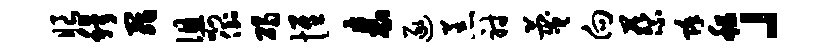
眼穆罪徂啊倒碣惟表逐恙射蔑向蔡除租」